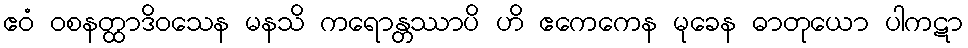
ဧဝံ ဝစနတ္ထာဒိဝသေန မနသိ ကရောန္တဿာပိ ဟိ ဧကေကေန မုခေန ဓာတုယော ပါကဋာ